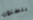
بنطلون